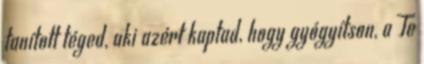
tanított téged, aki azért kaptad, hogy gyógyítson, a Te